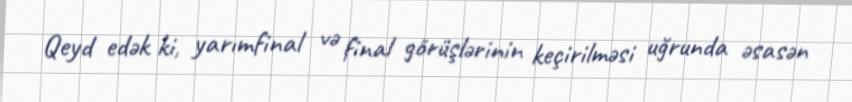
Qeyd edək ki, yarımfinal və final görüşlərinin keçirilməsi uğrunda əsasən